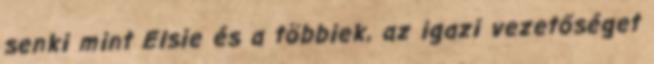
senki mint Elsie és a többiek, az igazi vezetőséget